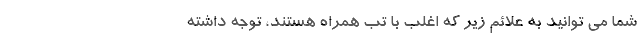
شما می توانید به علائم زیر که اغلب با تب همراه هستند، توجه داشته